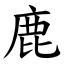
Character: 鹿